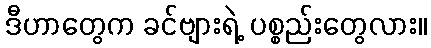
ဒီဟာတွေက ခင်ဗျားရဲ့ ပစ္စည်းတွေလား။